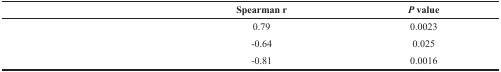
<table><thead><tr><td>[EMPTY_CELL]</td><td><b>Spearman r</b></td><td><b><i>P</i> value</b></td></tr></thead><tbody><tr><td>[EMPTY_CELL]</td><td>0.79</td><td>0.0023</td></tr><tr><td>[EMPTY_CELL]</td><td>-0.64</td><td>0.025</td></tr><tr><td>[EMPTY_CELL]</td><td>-0.81</td><td>0.0016</td></tr></tbody></table>